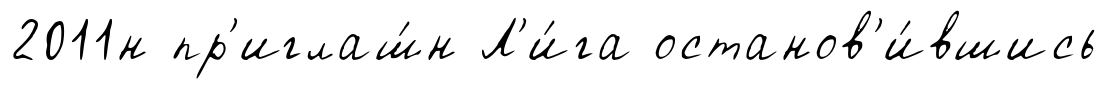
2011н пр'иглаш́н Л'и́га останов'и́вшись